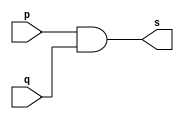
// ------------------------- 
// Exemplo0003 - AND 
// Nome: Lus Vasconcelos Dias
// ------------------------- 

// ------------------------- 
// -- and gate 
// ------------------------- 
	module andgate ( output s, input p, input q); 
	assign s = p & q; 
	endmodule // andgate
	
// --------------------- 
// -- test and gate 
// --------------------- 
	module testandgate; 
// ------------------------- dados locais 
	reg a, b; // definir registradores 
	wire s; // definir conexao (fio) 
// ------------------------- instancia 
	andgate AND1 (s, a, b); 
// ------------------------- preparacao 
	initial begin:start 
	a=0; b=0; 
	end 
// ------------------------- parte principal 
	initial begin 
		$display("Exemplo0003 - Lus Vasconcelos Dias - 412753"); 
		$display("Test AND gate"); 
		$display("\na & b = s\n"); 
		a=0; b=0; 
	#1 $display("%b & %b = %b", a, b, s); 
		a=0; b=1; 
	#1 $display("%b & %b = %b", a, b, s); 
		a=1; b=0; 
	#1 $display("%b & %b = %b", a, b, s); 
		a=1; b=1; 
	#1 $display("%b & %b = %b", a, b, s); 
	end 

endmodule // testandgate 

// ------------------------- testes

/*
	Test AND gate

	a & b = s

	0 & 0 = 0
	0 & 1 = 0
	1 & 0 = 0
	1 & 1 = 1
*/